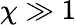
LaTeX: \chi\gg 1